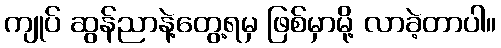
ကျုပ် ဆွန်ညာနဲ့တွေ့ရမှ ဖြစ်မှာမို့ လာခဲ့တာပါ။